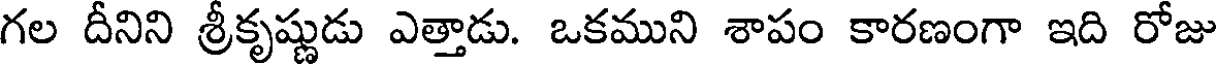
గల దీనిని శ్రీకృష్ణుడు ఎత్తాడు. ఒకముని శాపం కారణంగా ఇది రోజు